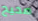
صحيح